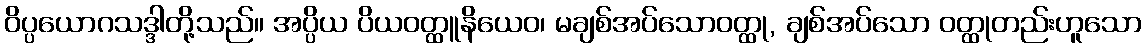
ဝိပ္ပယောဂသဒ္ဒါတို့သည်။ အပ္ပိယ ပိယဝတ္ထူနိယေဝ၊ မချစ်အပ်သောဝတ္ထု, ချစ်အပ်သော ဝတ္ထုတည်းဟူသော